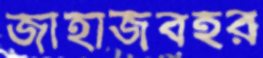
জাহাজবহর